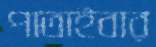
পাতাইবার